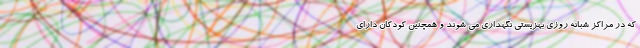
که در مراکز شبانه روزی بهزیستی نگهداری می شوند و همچنین کودکان دارای